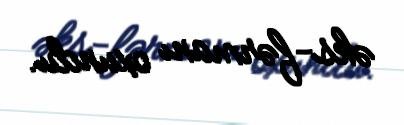
əks-fərmanı oxundu.